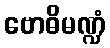
ဗောဓိမဏ္ဍံ